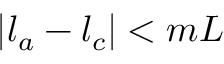
| l _ { a } - l _ { c } | < m L